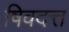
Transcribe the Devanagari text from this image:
षिवदत्त